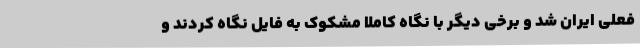
فعلی ایران شد و برخی دیگر با نگاه کاملا مشکوک به فایل نگاه کردند و